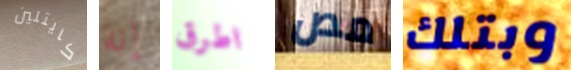
كايتلين إنه اطرق مص وبتلك